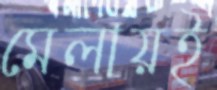
মেলায়ই